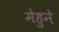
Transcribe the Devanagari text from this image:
मेहुने